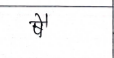
मजकूर: षै